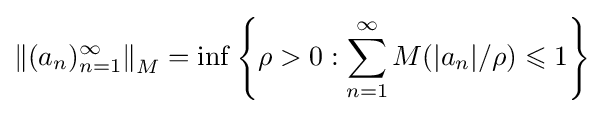
\left\|(a_{n})_{n=1}^{\infty }\right\|_{M}=\inf \left\{\rho >0:\sum _{n=1}^{\infty }M(|a_{n}|/\rho )\leqslant 1\right\}